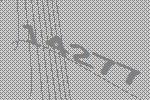
14277